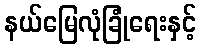
နယ်မြေလုံခြုံရေးနှင့်